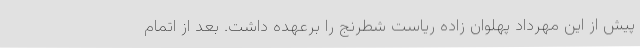
پیش از این مهرداد پهلوان زاده ریاست شطرنج را برعهده داشت. بعد از اتمام